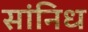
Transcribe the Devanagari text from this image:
सांनिध